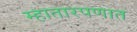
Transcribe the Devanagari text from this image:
म्हातारपणात